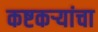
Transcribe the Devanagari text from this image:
कष्टकऱ्यांचा